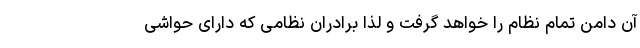
آن دامن تمام نظام را خواهد گرفت و لذا برادران نظامی که دارای حواشی